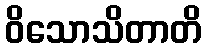
ဝိသောသိတာတိ